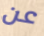
عن